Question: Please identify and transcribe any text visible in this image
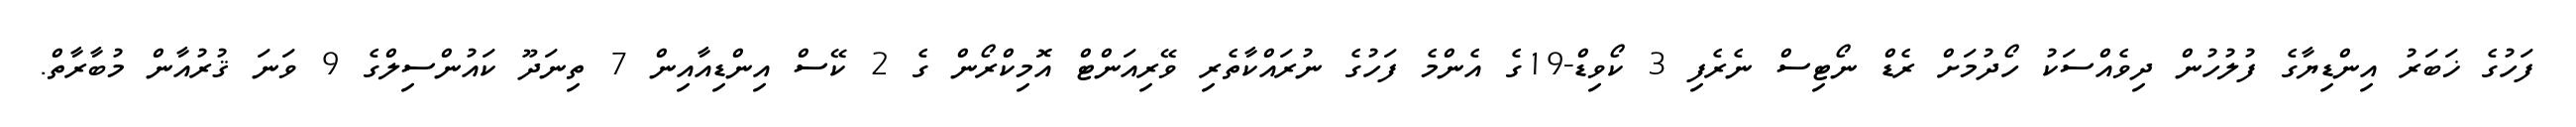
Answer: ފަހުގެ ޚަބަރު އިންޑިޔާގެ ފުލުހުން ދިވެއްސަކު ހޯދުމަށް ރެޑް ނޯޓިސް ނެރެފި 3 ކޯވިޑް-19ގެ އެންމެ ފަހުގެ ނުރައްކާތެރި ވޭރިއަންޓް އޮމިކްރޯން ގެ 2 ކޭސް އިންޑިއާއިން 7 ތިނަދޫ ކައުންސިލްގެ 9 ވަނަ ޤުރުއާން މުބާރާތް.